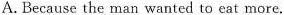
A. Because the man wanted to eat more.